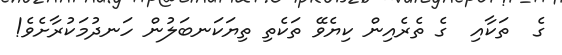
ގެ  ތަކާއި  ގެ ތެރެއިން ކިޔެވޭ ތަކެތި ތިޔަކަނބަލުން ހަނދުމަކުރާށެވެ!